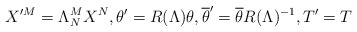
\begin{align*}X'^M=\Lambda^M_N X^N, \theta'=R(\Lambda)\theta, \overline{\theta}'=\overline{\theta}R(\Lambda)^{-1}, T'=T\end{align*}